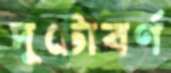
দুটোবর্ণ